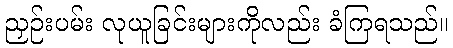
ညှဉ်းပမ်း လုယူခြင်းများကိုလည်း ခံကြရသည်။